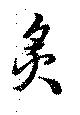
炙